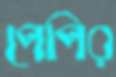
পেপির